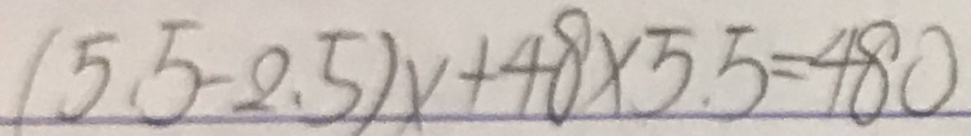
( 5 . 5 - 2 . 5 ) x + 4 8 \times 5 . 5 = 4 8 0